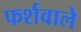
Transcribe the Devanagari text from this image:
फर्शवाले